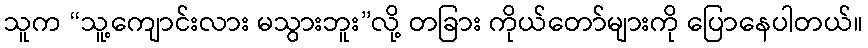
သူက “သူ့ကျောင်းလား မသွားဘူး”လို့ တခြား ကိုယ်တော်များကို ပြောနေပါတယ်။